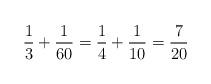
LaTeX: \begin{align*}\frac{1}{3} + \frac{1}{60 } = \frac{1}{4} + \frac{1}{10 } = \frac{7}{ 20} \end{align*}